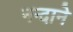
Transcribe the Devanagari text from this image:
नन्दाने